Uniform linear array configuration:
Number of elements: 48
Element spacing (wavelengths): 1
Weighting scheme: cosine
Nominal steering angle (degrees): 45
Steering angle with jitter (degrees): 46.152
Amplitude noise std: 0.05
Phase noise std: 0.05

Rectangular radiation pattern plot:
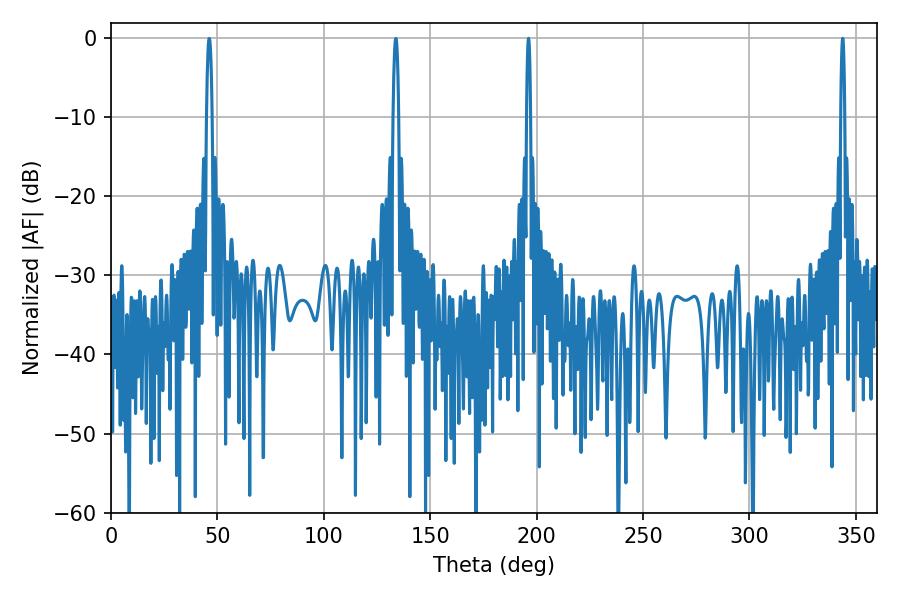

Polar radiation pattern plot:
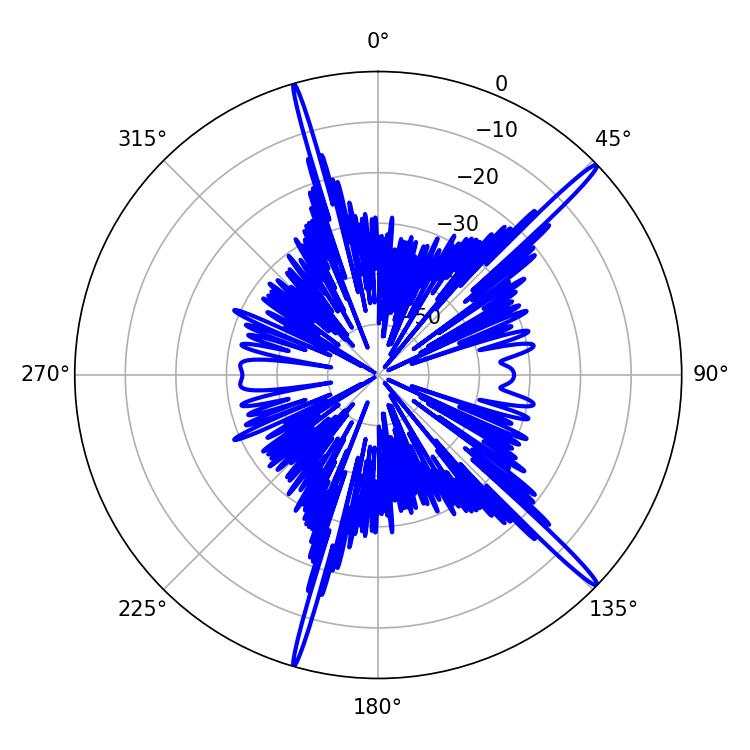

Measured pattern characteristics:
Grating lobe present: TRUE
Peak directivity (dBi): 18.028
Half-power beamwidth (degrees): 1.08
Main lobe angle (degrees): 343.8